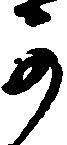
可